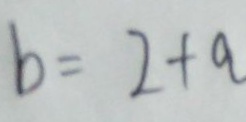
b = 2 + a